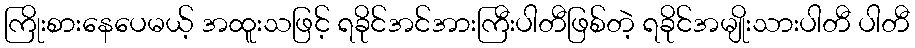
ကြိုးစားနေပေမယ့် အထူးသဖြင့် ရခိုင်အင်အားကြီးပါတီဖြစ်တဲ့ ရခိုင်အမျိုးသားပါတီ ပါတီ